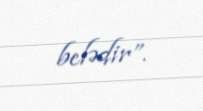
belədir”.